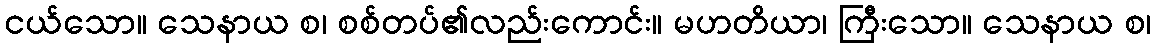
ငယ်သော။ သေနာယ စ၊ စစ်တပ်၏လည်းကောင်း။ မဟတိယာ၊ ကြီးသော။ သေနာယ စ၊